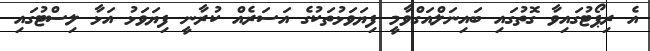
އެ ރިޕޯޓުގައިވާ ގޮތުގައި ބައިނަލްއަގްވާމީ ފިޔަވަޅުތަކުގެ އަސަރެއް ކުރާނީ ފިޔަވަޅު އަޅާ ލިސްޓުގައި